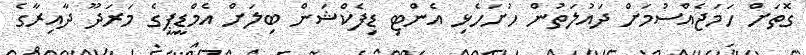
ގޮތަށް ހަމަޖެއްސުމަށް ދައުލަތުން ހުށަހެޅި އެންޓި ޑިފެކްޝަން ބިލަށް އެމްޑީޕީގެ މަރަދޫ ދާއިރާގެ